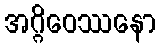
အဂ္ဂိဝေဿနော